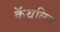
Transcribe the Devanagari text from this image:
कॅथलिन